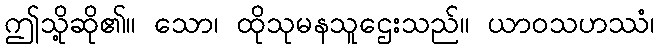
ဤသို့ဆို၏။ သော၊ ထိုသုမနသူဌေးသည်။ ယာဝသဟဿံ၊